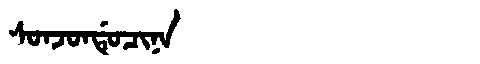
Manchu: ᠰᠣᠨᠵᠣᠨᡩᡠᠴᡳᠨᠠ
Romanization: SONJONDUCINA